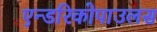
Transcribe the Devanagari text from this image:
एन्डरिकोपाउलस